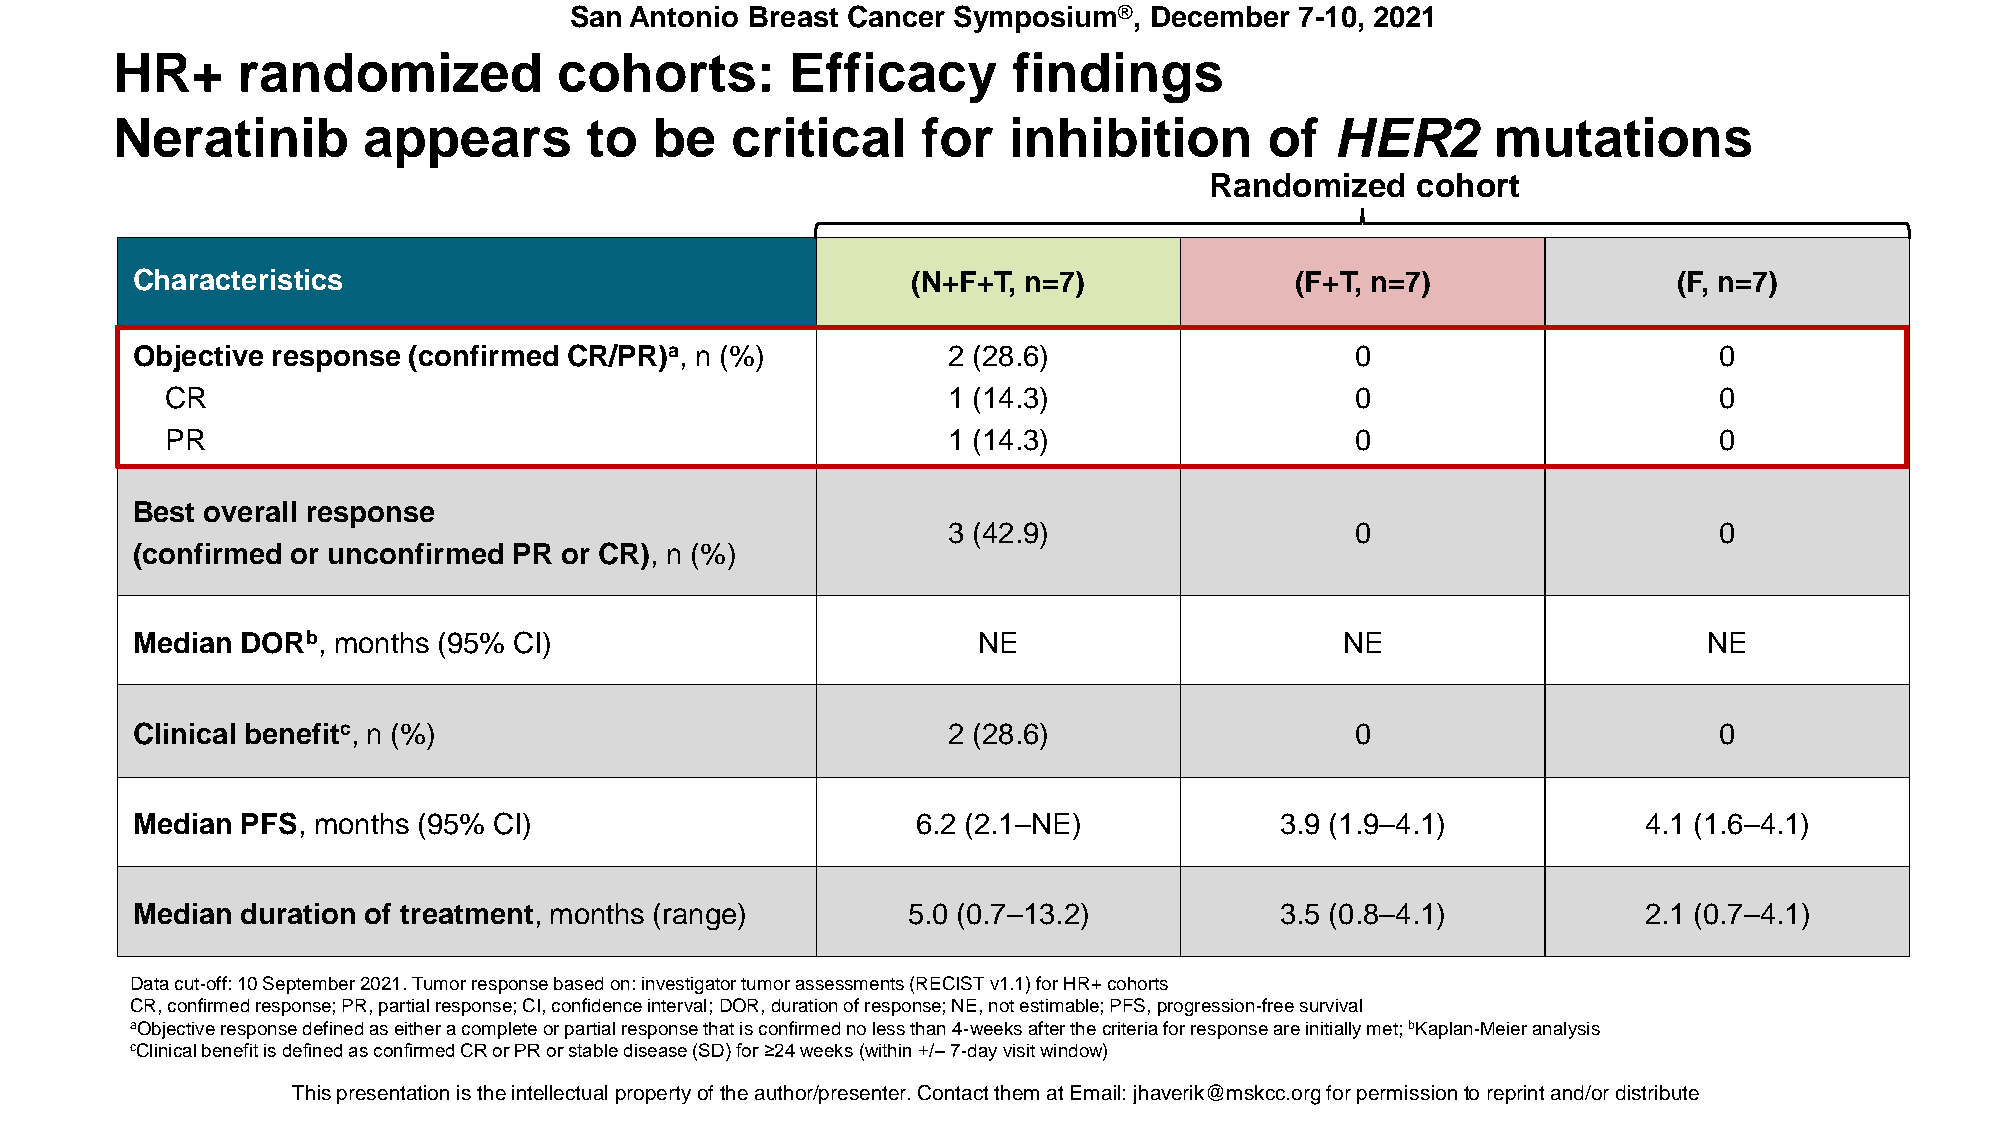
San Antonio Breast Cancer Symposium®, December  7-10, 2021
 HR+      randomized           cohorts:       Efficacy       findings
 Neratinib        appears        to  be   critical     for   inhibition       of  HER2       mutations
 Randomized    cohort
 Characteristics                                    (N+F+T, n=7)              (F+T, n=7)               (F, n=7)
 Objective response (confirmed CR/PR)a, n (%)          2 (28.6)                   0                       0
 CR                                                  1 (14.3)                   0                       0
 PR                                                  1 (14.3)                   0                       0
 Best overall response
 3 (42.9)                   0                       0
 (confirmed or unconfirmed PR or CR), n (%)
 Median DORb, months (95% CI)                            NE                      NE                      NE
 Clinical benefitc, n (%)                              2 (28.6)                   0                       0
 Median PFS, months (95% CI)                         6.2 (2.1–NE)            3.9 (1.9–4.1)           4.1 (1.6–4.1)
 Median duration of treatment, months (range)       5.0 (0.7–13.2)           3.5 (0.8–4.1)           2.1 (0.7–4.1)
 Data cut-off: 10 September 2021. Tumor response based on: investigator tumor assessments (RECIST v1.1) for HR+ cohorts
 CR, confirmed response; PR, partial response; CI, confidence interval; DOR, duration of response; NE, not estimable; PFS, progression-free survival
 aObjectiveresponse defined as either a complete or partial response that is confirmed no less than 4-weeks after the criteria for response are initially met; bKaplan-Meier analysis
 cClinicalbenefit is defined as confirmed CR or PR or stable disease (SD) for ≥24 weeks (within +/–7-day visit window)
 This presentaTthioisn p irse stehnet aintiotenl liesc tthuea iln pterlolepceturtayl porfo ptheert ya ouft hthoer /apurtehsoer/nptreers.e Cntoenr.t aCcotn ttahcetm th eamt aXtX EXmXXaiXl: XjhXaXvXeXriXk@XXm@skXcXcX.oXrXgX foXr. EpDerUmifsosri opnetrom reispsriionnt atnod r/oerp driinsttr iabuntde/or distribute.